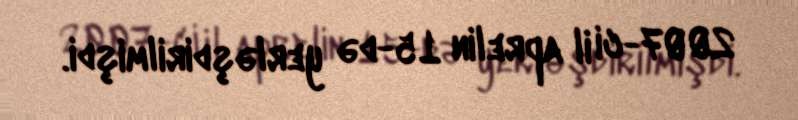
2007-ci il aprelin 15-də yerləşdirilmişdi.